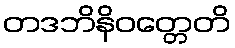
တဒဘိနိဝတ္တေတိ